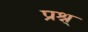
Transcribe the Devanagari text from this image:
प्रश्न्